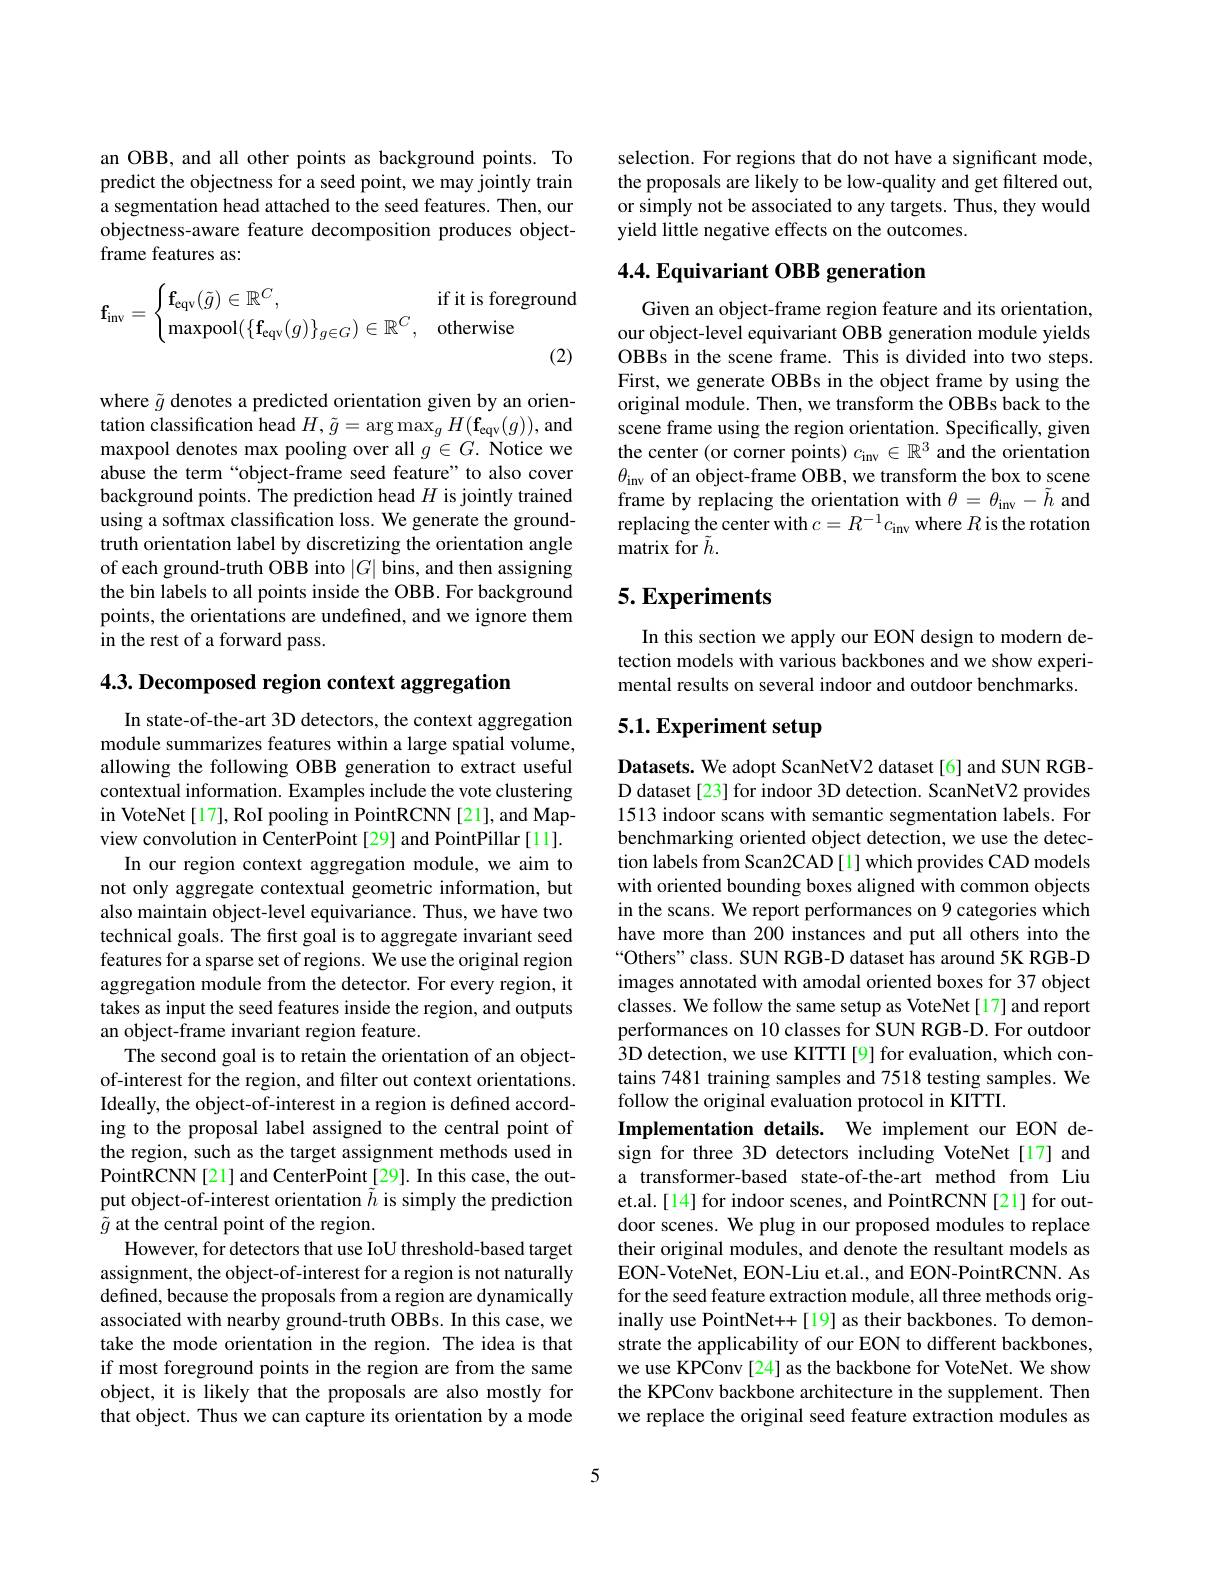
an OBB, and all other points as background points. To predict the objectness for a seed point, we may jointly train a segmentation head attached to the seed features. Then, our objectness-aware feature decomposition produces objectframe features as:
$$\mathbf{f_{inv}}=\begin{cases}\mathbf{f_{eqv}}(\tilde{g})\in\mathbb{R}^C,&\text{if it is foreg}\\\max\text{pool}(\{\mathbf{f_{eqv}}(g)\}_{g\in G})\in\mathbb{R}^C,&\text{otherwise}\end{cases}$$
(2)

where $\tilde{g}$ denotes a predicted orientation given by an orientation classification head $H,\tilde{g}=\arg\max_gH(\mathbf{f}_{\mathrm{eqv}}(g))$, and maxpool denotes max pooling over all $g\in G.$ Notice we abuse the term “object-frame seed feature”to also cover background points. The prediction head $H$ is jointly trained using a softmax classification loss. We generate the groundtruth orientation label by discretizing the orientation angle of each ground-truth OBB into $|G|$ bins, and then assigning the bin labels to all points inside the OBB. For background points, the orientations are undefined, and we ignore them in the rest of a forward pass.

4.3. Decomposed region context aggregation

In state-of-the-art 3D detectors, the context aggregation module summarizes features within a large spatial volume, allowing the following OBB generation to extract useful contextual information. Examples include the vote clustering in VoteNet[17], RoI pooling in PointRCNN[21], and Mapview convolution in CenterPoint[29] and PointPillar[11].
In our region context aggregation module, we aim to not only aggregate contextual geometric information, but also maintain object-level equivariance. Thus, we have two technical goals. The first goal is to aggregate invariant seed features for a sparse set of regions. We use the original region aggregation module from the detector. For every region, it takes as input the seed features inside the region, and outputs an object-frame invariant region feature.
The second goal is to retain the orientation of an objectof-interest for the region, and filter out context orientations. Ideally, the object-of-interest in a region is defined according to the proposal label assigned to the central point of the region, such as the target assignment methods used in PointRCNN[21] and CenterPoint[29]. In this case, the output object-of-interest orientation $\tilde{h}$ is simply the prediction $\tilde{g}$ at the central point of the region.
However, for detectors that use IoU threshold-based target assignment, the object-of-interest for a region is not naturally defined, because the proposals from a region are dynamically associated with nearby ground-truth OBBs. In this case, we take the mode orientation in the region. The idea is that if most foreground points in the region are from the same object, it is likely that the proposals are also mostly for that object. Thus we can capture its orientation by a mode

selection. For regions that do not have a significant mode, the proposals are likely to be low-quality and get filtered out, or simply not be associated to any targets. Thus, they would yield little negative effects on the outcomes

## 4.4. Equivariant OBB generation

Given an object-frame region feature and its orientation, our object-level equivariant OBB generation module yields OBBs in the scene frame. This is divided into two steps. First, we generate OBBs in the object frame by using the original module. Then, we transform the OBBs back to the scene frame using the region orientation. Specifically, given the center (or corner points) $c_\mathrm{inv}\in\mathbb{R}^3$ and the orientation $\theta_{\mathrm{inv}}$ of an object-frame OBB, we transform the box to scene frame by replacing the orientation with $\theta=\theta_\mathrm{inv}-\tilde{h}$ and replacing the center with $c=R^{-1}c_\mathrm{inv}$ where $R$ is the rotation $\tilde{\text{matrix for }\tilde{h}}.$

# 5. Experiments

In this section we apply our EON design to modern detection models with various backbones and we show experimental results on several indoor and outdoor benchmarks.

# 5.1. Experiment setup

Datasets. We adopt ScanNetV2 dataset[6] and SUN RGBD dataset [23] for indoor 3D detection. ScanNetV2 provides 1513 indoor scans with semantic segmentation labels. For benchmarking oriented object detection, we use the detection labels from Scan2CAD [1] which provides CAD models with oriented bounding boxes aligned with common objects in the scans. We report performances on 9 categories which have more than 200 instances and put all others into the “Others" class. SUN RGB-D dataset has around 5K RGB-D images annotated with amodal oriented boxes for 37 object classes. We follow the same setup as VoteNet[17] and report performances on 10 classes for SUN RGB-D. For outdoor 3D detection, we use KITTI [9] for evaluation, which contains 7481 training samples and 7518 testing samples. We follow the original evaluation protocol in KITTI.
Implementation details. We implement our EON design for three 3D detectors including VoteNet[17] and a transformer-based state-of-the-art method from Liu et.al.[14] for indoor scenes, and PointRCNN[21] for outdoor scenes. We plug in our proposed modules to replace their original modules, and denote the resultant models as EON-VoteNet, EON-Liu et.al., and EON-PointRCNN. As for the seed feature extraction module, all three methods originally use PointNet+[19] as their backbones. To demonstrate the applicability of our EON to different backbones, we use KPConv [24] as the backbone for VoteNet. We show the KPConv backbone architecture in the supplement. Then we replace the original seed feature extraction modules as

5